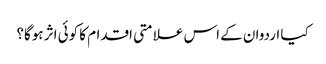
کیا اردوان کے اس علامتی اقدام کا کوئی اثر ہوگا؟